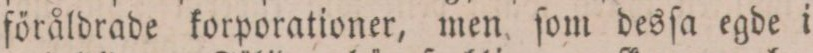
föråldrade korporationer, men ſom desſa egde i